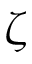
\zeta